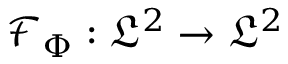
\mathcal { F } _ { \Phi } : \mathfrak { L } ^ { 2 } \to \mathfrak { L } ^ { 2 }